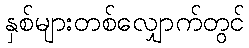
နှစ်များတစ်လျှောက်တွင်